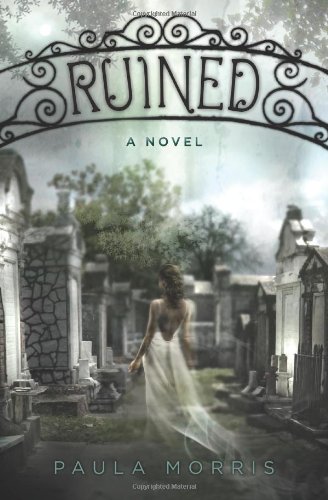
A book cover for Ruined: A Novel; Paula Morris; Teen & Young Adult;